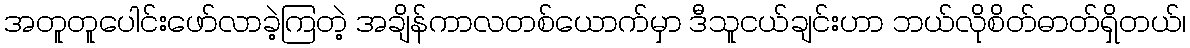
အတူတူပေါင်းဖော်လာခဲ့ကြတဲ့ အချိန်ကာလတစ်ယောက်မှာ ဒီသူငယ်ချင်းဟာ ဘယ်လိုစိတ်ဓာတ်ရှိတယ်၊